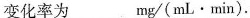
变化率为 mg/(mL\cdot min).